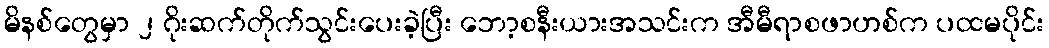
မိနစ်တွေမှာ ၂ ဂိုးဆက်တိုက်သွင်းပေးခဲ့ပြီး ဘော့စနီးယားအသင်းက အီမီရာစဖာဟစ်က ပထမပိုင်း